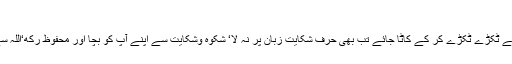
ملفوظاتِ غوثیہ)
* اگر تیرے بدن کاگوشت قینچیوں سے ٹکڑے ٹکڑے کر کے کاٹا جائے تب بھی حرفِ شکایت زبان پر نہ لا‘ شکوہ وشکایت سے اپنے آپ کو بچا اور محفوظ رکھ‘اللہ سے ڈر ‘اللہ سے ڈر ‘پھر اللہ سے ڈر۔